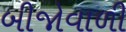
બીજોવાળી